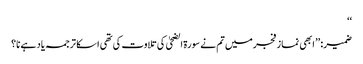
‘‘
ضمیر: ’’ ابھی نماز فجرمیں تم نے سورۃ الضحیٰ کی تلاوت کی تھی ا سکا ترجمہ یاد ہے نا؟